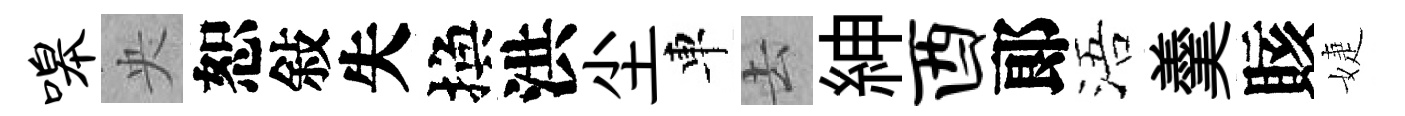
嗥央恕敍失換洪尘車去紳酉郞浯羹賅婕